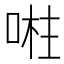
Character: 𭈴